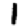
Digit: 1